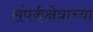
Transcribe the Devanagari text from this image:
संपर्कक्षेत्राच्या